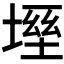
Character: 𡏀